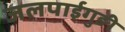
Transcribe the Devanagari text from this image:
जलपाईगुङी